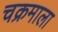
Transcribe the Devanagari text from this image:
चक्रमाला